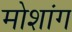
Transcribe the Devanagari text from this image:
मोशांग